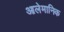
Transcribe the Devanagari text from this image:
आलेमानिक